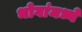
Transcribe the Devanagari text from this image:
भोगांमध्ये